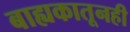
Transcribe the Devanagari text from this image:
बाह्यकातूनही